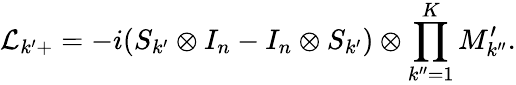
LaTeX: \mathcal{L}_{k^{\prime}+}=-i(S_{k^{\prime}}\otimes I_{n}-I_{n}\otimes S_{k^{\prime}})\otimes\prod_{k^{\prime\prime}=1}^{K}M_{k^{\prime\prime}}^{\prime}.